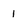
Character: 1